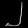
Digit: ၂